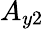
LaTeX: A_{y2}